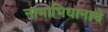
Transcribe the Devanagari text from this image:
नामाभिधानाचे